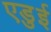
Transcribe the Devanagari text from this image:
एडुई